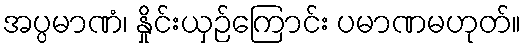
အပ္ပမာဏံ၊ နှိုင်းယှဉ်ကြောင်း ပမာဏမဟုတ်။